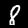
Label: 8